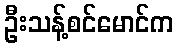
ဦးသန့်စင်မောင်က